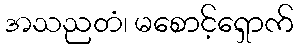
အသညတံ၊ မစောင့်ရှောက်